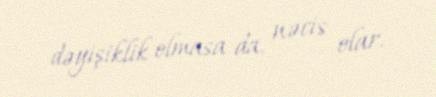
dəyişiklik olmasa da, nəcis olar.